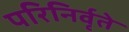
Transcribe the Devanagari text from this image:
परिनिर्वृते